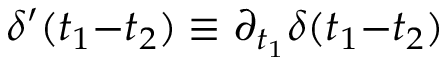
\delta ^ { \prime } ( t _ { 1 } { - } t _ { 2 } ) \equiv \partial _ { t _ { 1 } } \delta ( t _ { 1 } { - } t _ { 2 } )